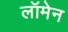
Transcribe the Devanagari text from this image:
लॉमेन